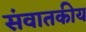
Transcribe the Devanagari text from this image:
संवातकीय